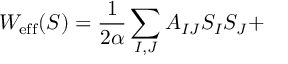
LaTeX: W _ { \mathrm { { e f f } } } ( S ) = \frac { 1 } { 2 \alpha } \sum _ { I , J } A _ { I J } S _ { I } S _ { J } +